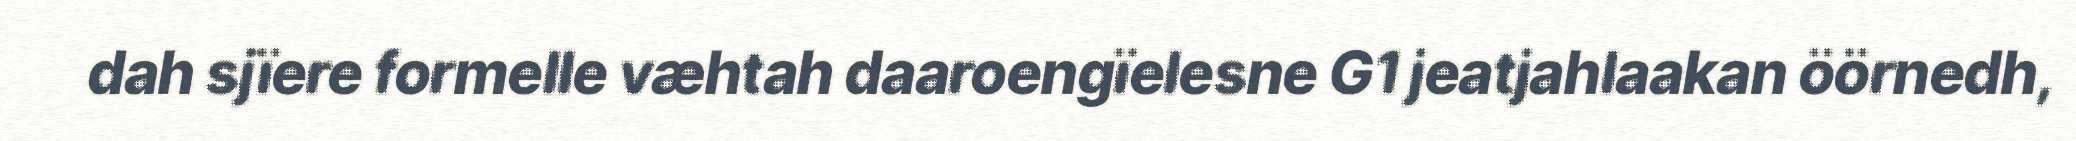
dah sjïere formelle væhtah daaroengïelesne G1 jeatjahlaakan öörnedh,